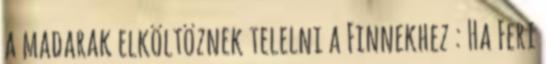
a madarak elköltöznek telelni a Finnekhez : Ha Feri